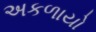
અકળાયો